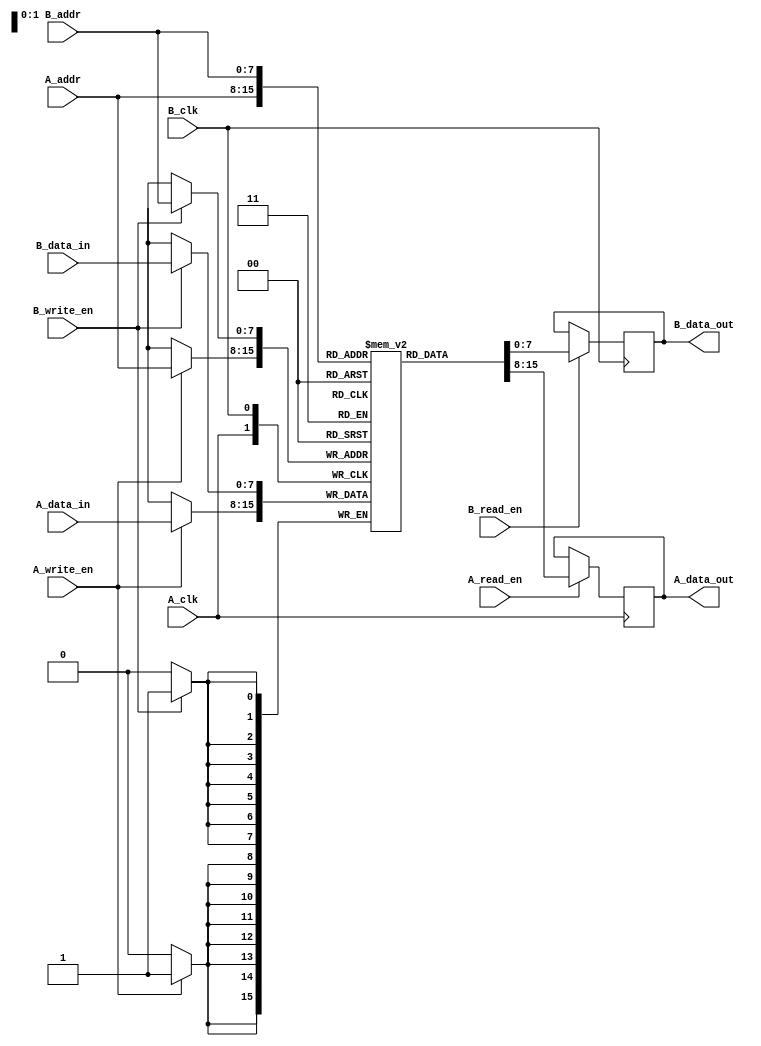
module dual_port_ram #(
    parameter DEPTH = 256,  // Memory depth (number of words)
    parameter WIDTH = 8     // Data width (bits per word)
)(
    // Port A
    input wire [clog2(DEPTH)-1:0] A_addr,    // Address input for Port A
    input wire [WIDTH-1:0] A_data_in,         // Data input for Port A
    output reg [WIDTH-1:0] A_data_out,        // Data output for Port A
    input wire A_read_en,                      // Read enable for Port A
    input wire A_write_en,                     // Write enable for Port A
    input wire A_clk,                          // Clock for Port A

    // Port B
    input wire [clog2(DEPTH)-1:0] B_addr,    // Address input for Port B
    input wire [WIDTH-1:0] B_data_in,         // Data input for Port B
    output reg [WIDTH-1:0] B_data_out,        // Data output for Port B
    input wire B_read_en,                      // Read enable for Port B
    input wire B_write_en,                     // Write enable for Port B
    input wire B_clk                           // Clock for Port B
);

    // Memory array declaration
    reg [WIDTH-1:0] memory [0:DEPTH-1];

    // Port A operations
    always @(posedge A_clk) begin
        // Read operation for Port A
        if (A_read_en) begin
            A_data_out <= memory[A_addr];
        end
        // Write operation for Port A
        if (A_write_en) begin
            memory[A_addr] <= A_data_in;
        end
    end

    // Port B operations
    always @(posedge B_clk) begin
        // Read operation for Port B
        if (B_read_en) begin
            B_data_out <= memory[B_addr];
        end
        // Write operation for Port B
        if (B_write_en) begin
            memory[B_addr] <= B_data_in;
        end
    end

    // Function to calculate log2
    function integer clog2(input integer value);
        begin
            value = value - 1;
            for (clog2 = 0; value > 0; clog2 = clog2 + 1)
                value = value >> 1;
        end
    endfunction

endmodule